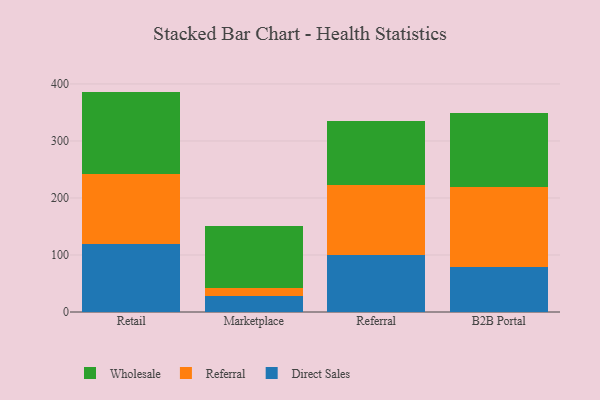
{"axis": {"x": "Channel", "y": "Humidity (%)"}, "legend": ["Direct Sales", "Referral", "Wholesale"], "data": [{"x": "Retail", "y": 120.1, "type": "Direct Sales"}, {"x": "Retail", "y": 121.6, "type": "Referral"}, {"x": "Retail", "y": 144.9, "type": "Wholesale"}, {"x": "Marketplace", "y": 27.9, "type": "Direct Sales"}, {"x": "Marketplace", "y": 14.2, "type": "Referral"}, {"x": "Marketplace", "y": 108.8, "type": "Wholesale"}, {"x": "Referral", "y": 100.7, "type": "Direct Sales"}, {"x": "Referral", "y": 122.4, "type": "Referral"}, {"x": "Referral", "y": 112.6, "type": "Wholesale"}, {"x": "B2B Portal", "y": 78.9, "type": "Direct Sales"}, {"x": "B2B Portal", "y": 141.0, "type": "Referral"}, {"x": "B2B Portal", "y": 128.7, "type": "Wholesale"}]}